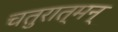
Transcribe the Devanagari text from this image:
चतुरात्मन्